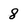
Character: 8